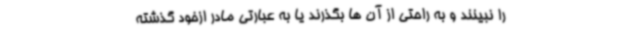
را نبینند و به راحتی از آن ها بگذرند یا به عبارتی مادر ازخود گذشته